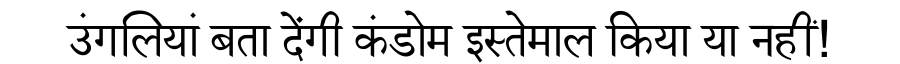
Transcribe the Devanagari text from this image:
उंगलियां बता देंगी कंडोम इस्तेमाल किया या नहीं!